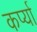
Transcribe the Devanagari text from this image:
कर्प्या